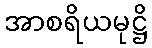
အာစရိယမုဋ္ဌိ